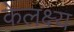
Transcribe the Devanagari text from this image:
केलक्ष्य